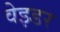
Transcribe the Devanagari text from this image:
वेइडर